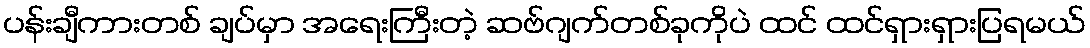
ပန်းချီကားတစ် ချပ်မှာ အရေးကြီးတဲ့ ဆဗ်ဂျက်တစ်ခုကိုပဲ ထင် ထင်ရှားရှားပြရမယ်